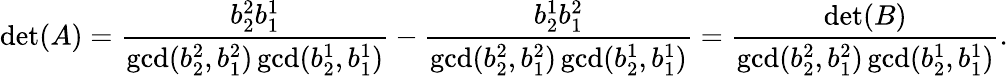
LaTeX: \operatorname*{det}(A)=\frac{b_{2}^{2}b_{1}^{1}}{\operatorname*{gcd}(b_{2}^{2},b_{1}^{2})\operatorname*{gcd}(b_{2}^{1},b_{1}^{1})}-\frac{b_{2}^{1}b_{1}^{2}}{\operatorname*{gcd}(b_{2}^{2},b_{1}^{2})\operatorname*{gcd}(b_{2}^{1},b_{1}^{1})}=\frac{\operatorname*{det}(B)}{\operatorname*{gcd}(b_{2}^{2},b_{1}^{2})\operatorname*{gcd}(b_{2}^{1},b_{1}^{1})}.